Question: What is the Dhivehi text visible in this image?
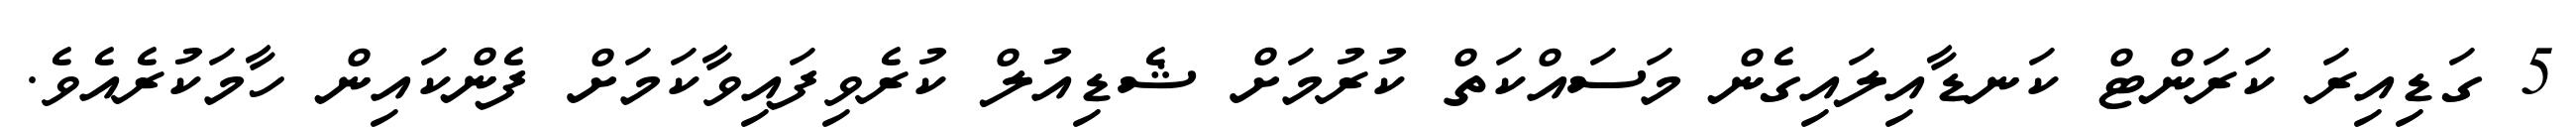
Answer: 5 ގަޑިއިރަ ކަރަންޓް ކަނޑާއިލައިގެން މަސައްކަތް ކުރުމަށް ޝެޑިއުލް ކުރެވިފައިވާކަމަށް ފެންކައިން ހާމަކުރެއެވެ.